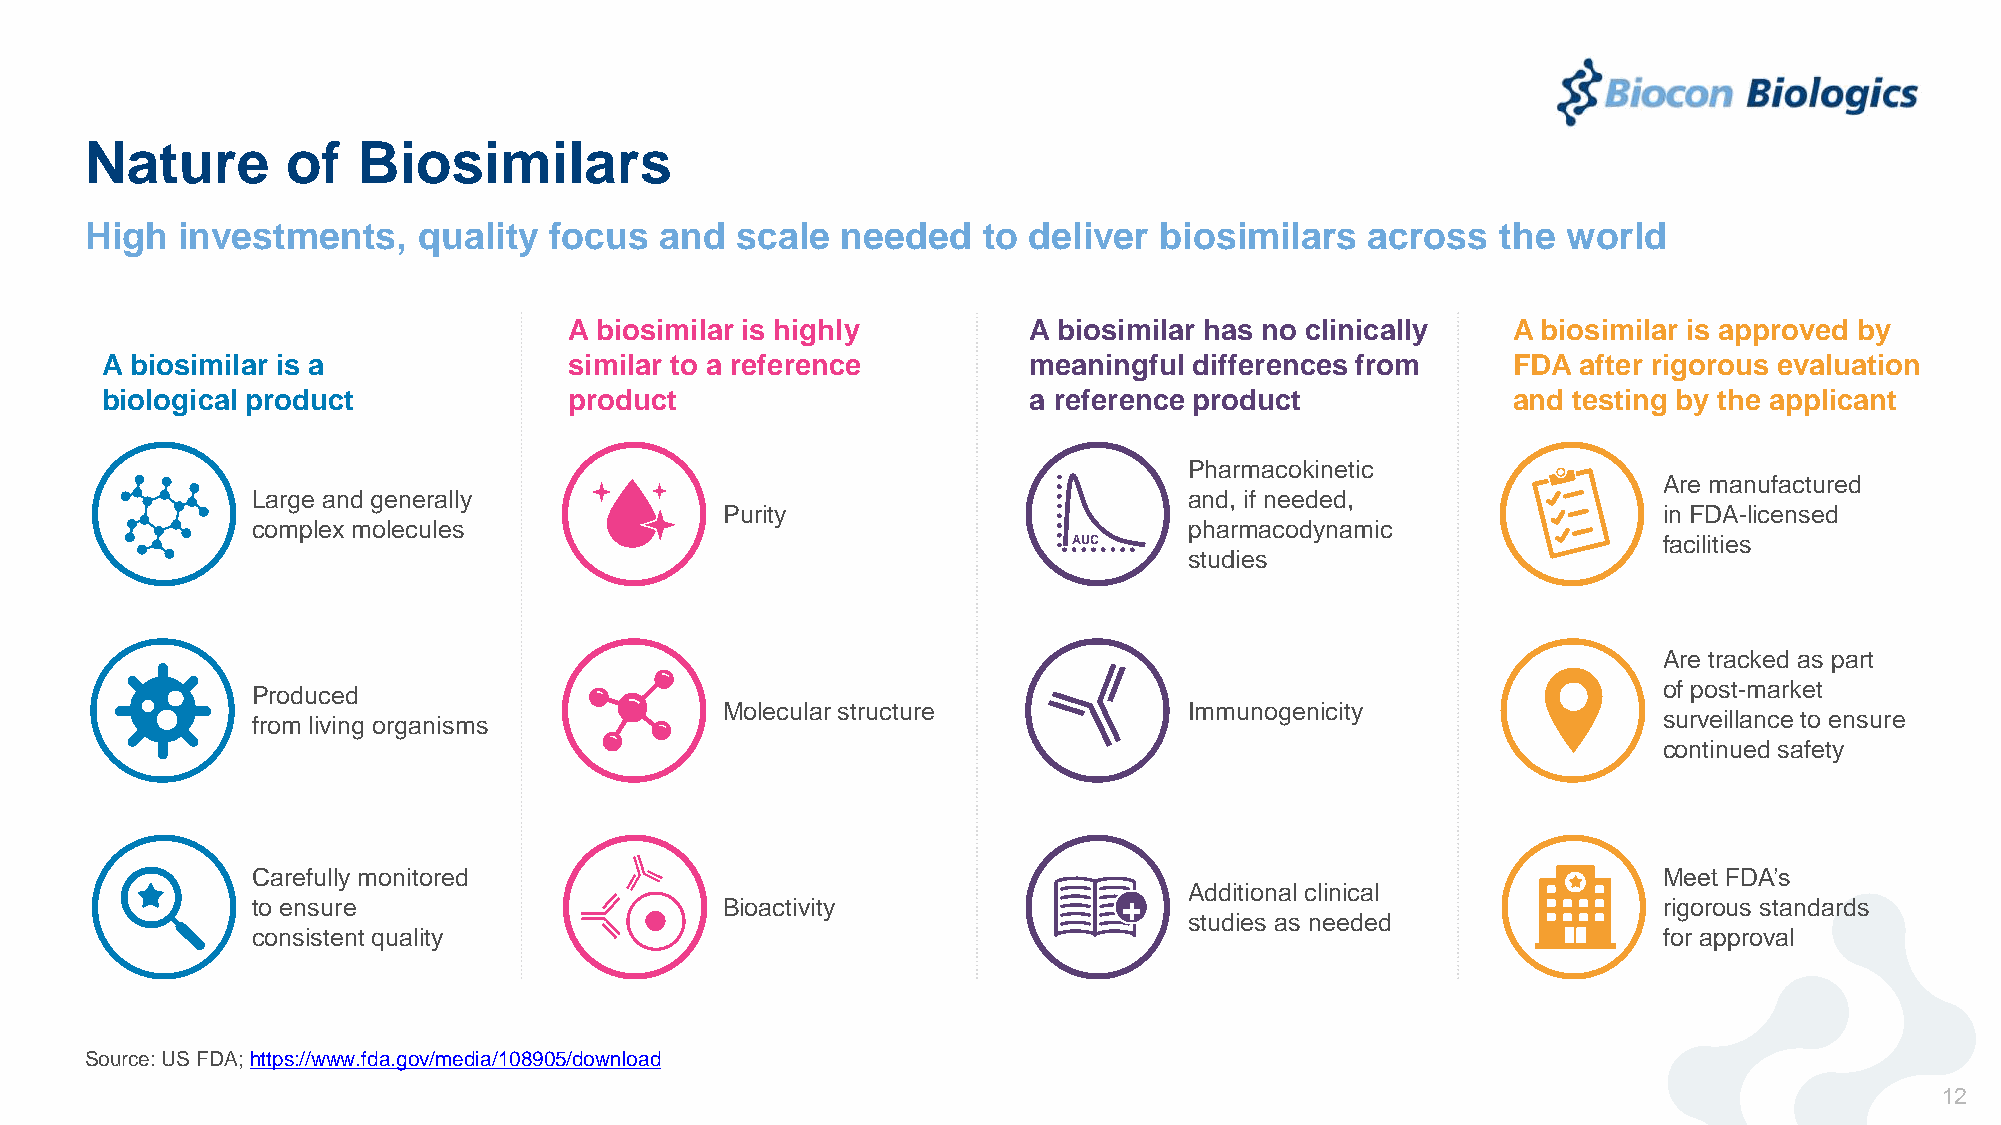
Nature       of   Biosimilars
 High  investments,    quality focus   and  scale  needed   to deliver  biosimilars   across  the  world
 A biosimilar is highly        A biosimilar has no clinically  A biosimilar is approved by
 A biosimilar is a              similar to a reference        meaningful differences from     FDA  after rigorous evaluation
 biological product             product                       a reference product             and testing by the applicant
 Pharmacokinetic
 Are manufactured
 Large and generally                                           and, if needed,
 Purity                                                        in FDA-licensed
 complex molecules                                             pharmacodynamic
 AUC                                    facilities
 studies
 Are tracked as part
 Produced                                                                                     of post-market
 Molecular structure            Immunogenicity
 surveillance to ensure
 from living organisms
 continued safety
 Carefully monitored                                                                          Meet FDA’s
 Additional clinical
 to ensure                      Bioactivity               +                                   rigorous standards
 studies as needed
 consistent quality                                                                           for approval
 Source: US FDA; https://www.fda.gov/media/108905/download
 12